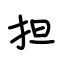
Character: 担